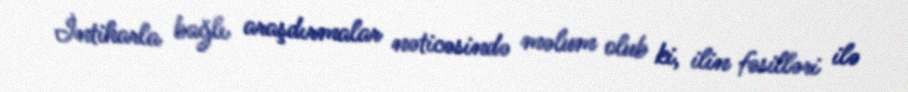
İntiharla bağlı araşdırmalar nəticəsində məlum olub ki, ilin fəsilləri ilə